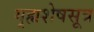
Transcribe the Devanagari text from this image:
गृह्यशेषसूत्र